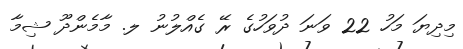
މިދިޔަ މަހު 22 ވަނަ ދުވަހުގެ ރޭ ގެއްލުނު ލ. މާމެންދޫ ޝިމާ